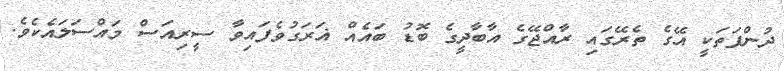
ދުންފަތަކީ އޭގެ ތެރޭގައި ރާއްޖޭގެ އާބާދީގެ ބޮޑު ބައެއް ޣަރަގުވެފައިވާ ސީރިއަސް މައްސަލައެކެވެ.